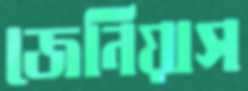
জেনিয়াস